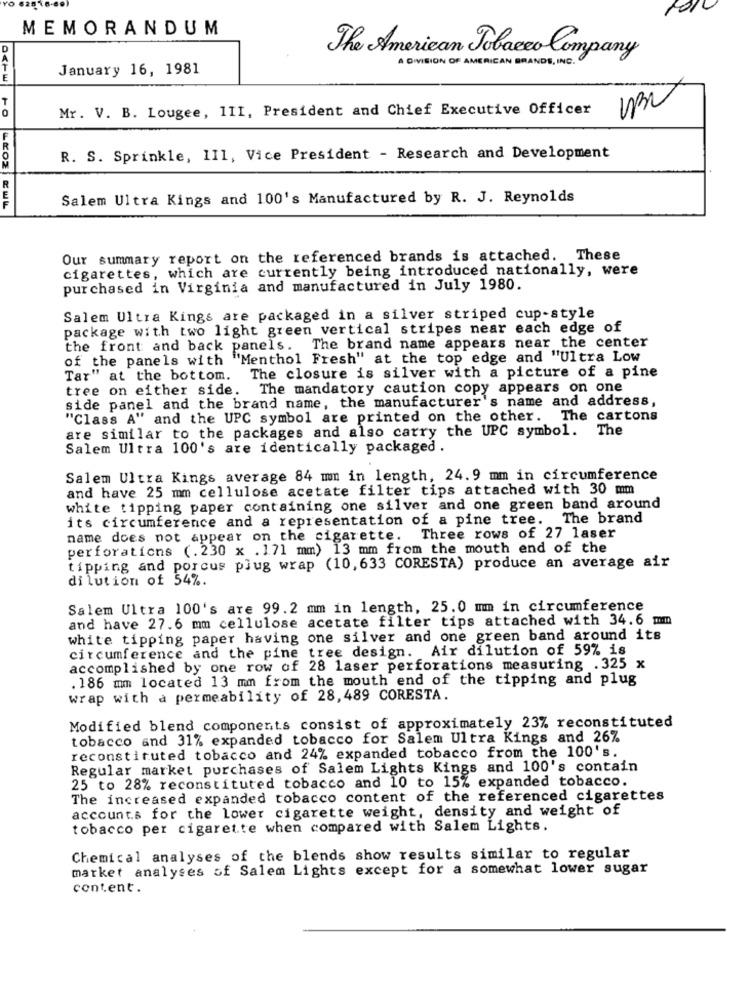
MEMORANDUM
D
The American Tobacco Company
A DIVISION OF AMERICAN BRANDS, INC.
January 16, 1981
Mr. V. B. Lougee, 1II, President and Chief Executive Officer
R. S. Sprinkle, 111, Vice President - Research and Development
Salem Ultra Kings and 100's Manufactured by R. J. Reynolds
ROZEWLL
Our summary report on the referenced brands is attached. These
cigarettes, which are currently being introduced nationally, were
purchased in Virginia and manufactured in July 1980.
Salem Ultra Kings are packaged in a silver striped cup-style
package with two light green vertical stripes near each edge of
the front and back panels. The brand name appears near the center
of the panels with "Menthol Fresh" at the top edge and "Ultra Low
Tar" at the bottom.
The closure is silver with a picture of a pine
tree on either side. The mandatory caution copy appears on one
side panel and the brand name, the manufacturer's name and address,
"Class A" and the UPC symbol are printed on the other. The cartons
are similar to the packages and also carry the UPC symbol. The
Salem Ultra 100's are identically packaged .
Salem Ultra Kings average 84 mm in length, 24.9 mm in circumference
and have 25 mm cellulose acetate filter tips attached with 30 mm
white tipping paper containing one silver and one green band around
its circumference and a representation of a pine tree. The brand
name does not appear on the cigarette. Three rows of 27 laser
perforations (. 230 x .1.71 mm) 13 mm from the mouth end of the
tipping and porcus plug wrap (10,633 CORESTA) produce an average air
dilution of 54%.
Salem Ultra 100's are 99.2 mm in length, 25.0 mm in circumference
and have 27.6 mm cellulose acetate filter tips attached with 34.6 mm
white tipping paper having one silver and one green band around its
circumference and the pine tree design. Air dilution of 59% is
accomplished by one row of 28 laser perforations measuring . 325 x
. 186 mm located 13 mm from the mouth end of the tipping and plug
wrap with à permeability of 28,489 CORESTA.
Modified blend components consist of approximately 23% reconstituted
tobacco and 31% expanded tobacco for Salem Ultra Kings and 26%
reconstituted tobacco and 24% expanded tobacco from the 100's.
Regular market purchases of Salem Lights Kings and 100's contain
25 to 28% reconstituted tobacco and 10 to 15% expanded tobacco.
The increased expanded tobacco content of the referenced cigarettes
accounts for the lower cigarette weight, density and weight of
tobacco per cigarette when compared with Salem Lights.
Chemical analyses of the blends show results similar to regular
market analyses of Salem Lights except for a somewhat lower sugar
content.